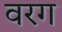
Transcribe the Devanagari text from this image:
वरग